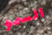
السمو